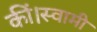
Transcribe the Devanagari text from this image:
कीं।स्वामी